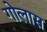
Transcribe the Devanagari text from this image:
गोलास